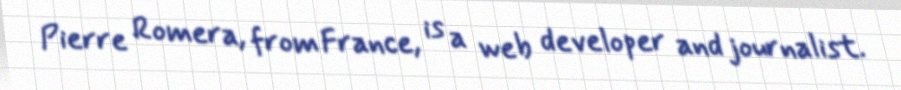
Pierre Romera, from France, is a web developer and journalist.